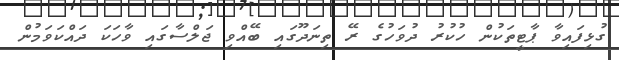
ގުޅިފައިވާ ޕާޓީތަކުން ހުކުރު ދުވަހުގެ ރޭ ތިނަދޫގައި ބޭއްވި ޖަލްސާގައި ވާހަކަ ދައްކަވަމުން